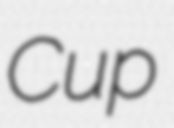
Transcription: Cup